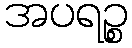
အပရဉ္စ